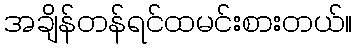
အချိန်တန်ရင်ထမင်းစားတယ်။